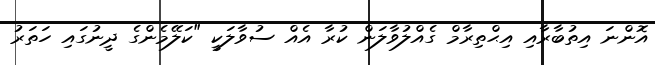
އޮންނަ އިތުބާރާއި އިޙްތިރާމް ގެއްލުވާލަން ކުރާ އެއް ސުވާލަކީ "ކަލޭމެންގެ ދީނުގައި ހަތަރު